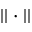
| | \cdot | |